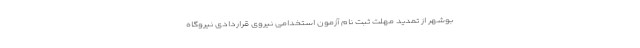
بوشهر از تمدید مهلت ثبت نام آزمون استخدامی نیروی قراردادی نیروگاه